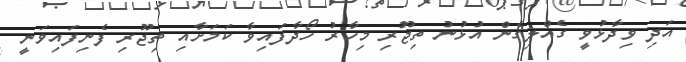
އަދި ވިދާޅުވީ ގެއްލިގެން އުޅުނު ތިޖޫރި މިހާރު ހޯދާފައިވާ ކަމަށާއި ތިޖޫރި ފެނިފައިވަނީ